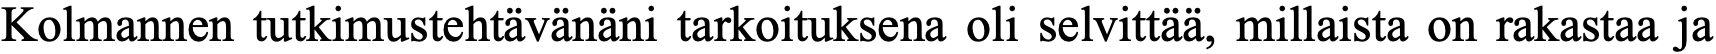
Kolmannen tutkimustehtävänäni tarkoituksena oli selvittää, millaista on rakastaa ja